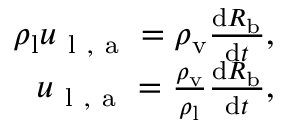
\begin{array} { r } { \rho _ { \mathrm { l } } u _ { \mathrm { ~ l ~ , ~ a ~ } } = \rho _ { \mathrm { v } } \frac { \mathrm d R _ { \mathrm { b } } } { \mathrm d t } , } \\ { u _ { \mathrm { ~ l ~ , ~ a ~ } } = \frac { \rho _ { \mathrm { v } } } { \rho _ { \mathrm { l } } } \frac { \mathrm d R _ { \mathrm { b } } } { \mathrm d t } , } \end{array}